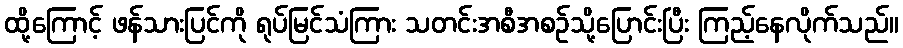
ထို့ကြောင့် ဖန်သားပြင်ကို ရုပ်မြင်သံကြား သတင်းအစီအစဉ်သို့ပြောင်းပြီး ကြည့်နေလိုက်သည်။